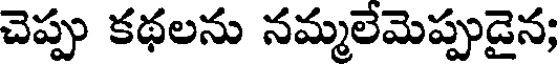
చెప్పు కథలను నమ్మలేమెప్పుడైన;